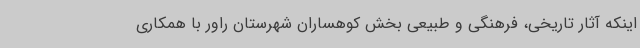
اینکه آثار تاریخی، فرهنگی و طبیعی بخش کوهساران شهرستان راور با همکاری